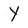
Character: Y